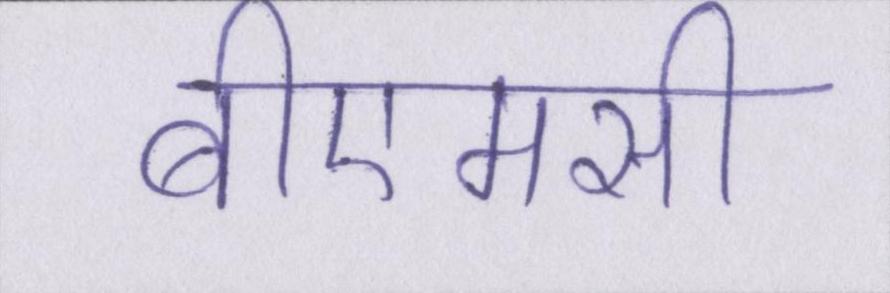
बीएमसी